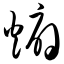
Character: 煽